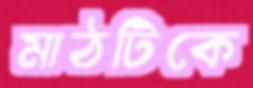
মাঠটিকে